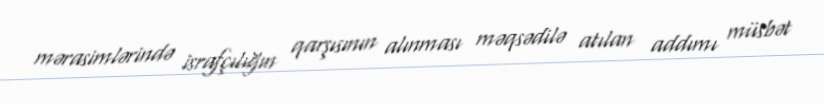
mərasimlərində israfçılığın qarşısının alınması məqsədilə atılan addımı müsbət